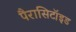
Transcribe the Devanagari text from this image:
पैरासिटॉइड